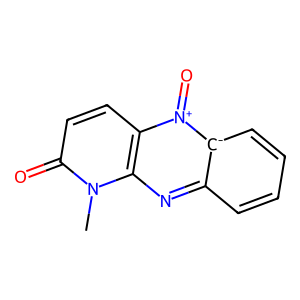
SMILES: Cn1c(=O)ccc2c1nc1cccc[c-]1[n+]2=O
Inhibits HIV replication: No